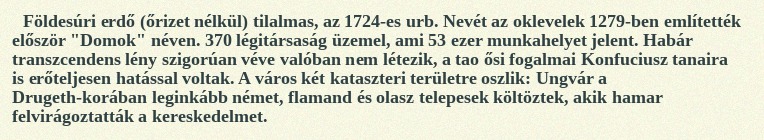
Földesúri erdő (őrizet nélkül) tilalmas, az 1724-es urb. Nevét az oklevelek 1279-ben említették először "Domok" néven. 370 légitársaság üzemel, ami 53 ezer munkahelyet jelent. Habár transzcendens lény szigorúan véve valóban nem létezik, a tao ősi fogalmai Konfuciusz tanaira is erőteljesen hatással voltak. A város két kataszteri területre oszlik: Ungvár a Drugeth-korában leginkább német, flamand és olasz telepesek költöztek, akik hamar felvirágoztatták a kereskedelmet.